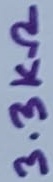
Text: 3.3KΩ